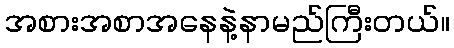
အစားအစာအနေနဲ့နာမည်ကြီးတယ်။